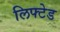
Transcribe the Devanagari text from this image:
लिफ्टेड